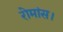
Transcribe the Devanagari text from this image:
रोमांस।